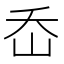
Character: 岙